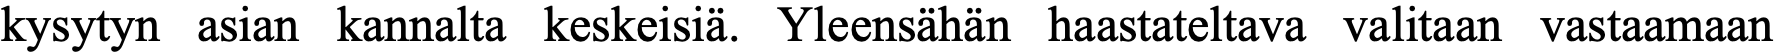
kysytyn asian kannalta keskeisiä. Yleensähän haastateltava valitaan vastaamaan